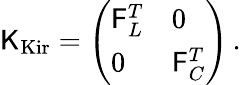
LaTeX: \begin{array}{r}{\mathsf{K}_{\mathrm{Kir}}=\left(\begin{array}{ll}{\mathsf{F}_{L}^{T}}&{0}\\ {0}&{\mathsf{F}_{C}^{T}}\end{array}\right)\, .}\end{array}